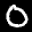
Label: 0